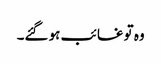
وہ تو غائب ہو گئے۔